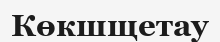
Көкшщетау